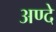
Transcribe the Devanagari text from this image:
अण्दे